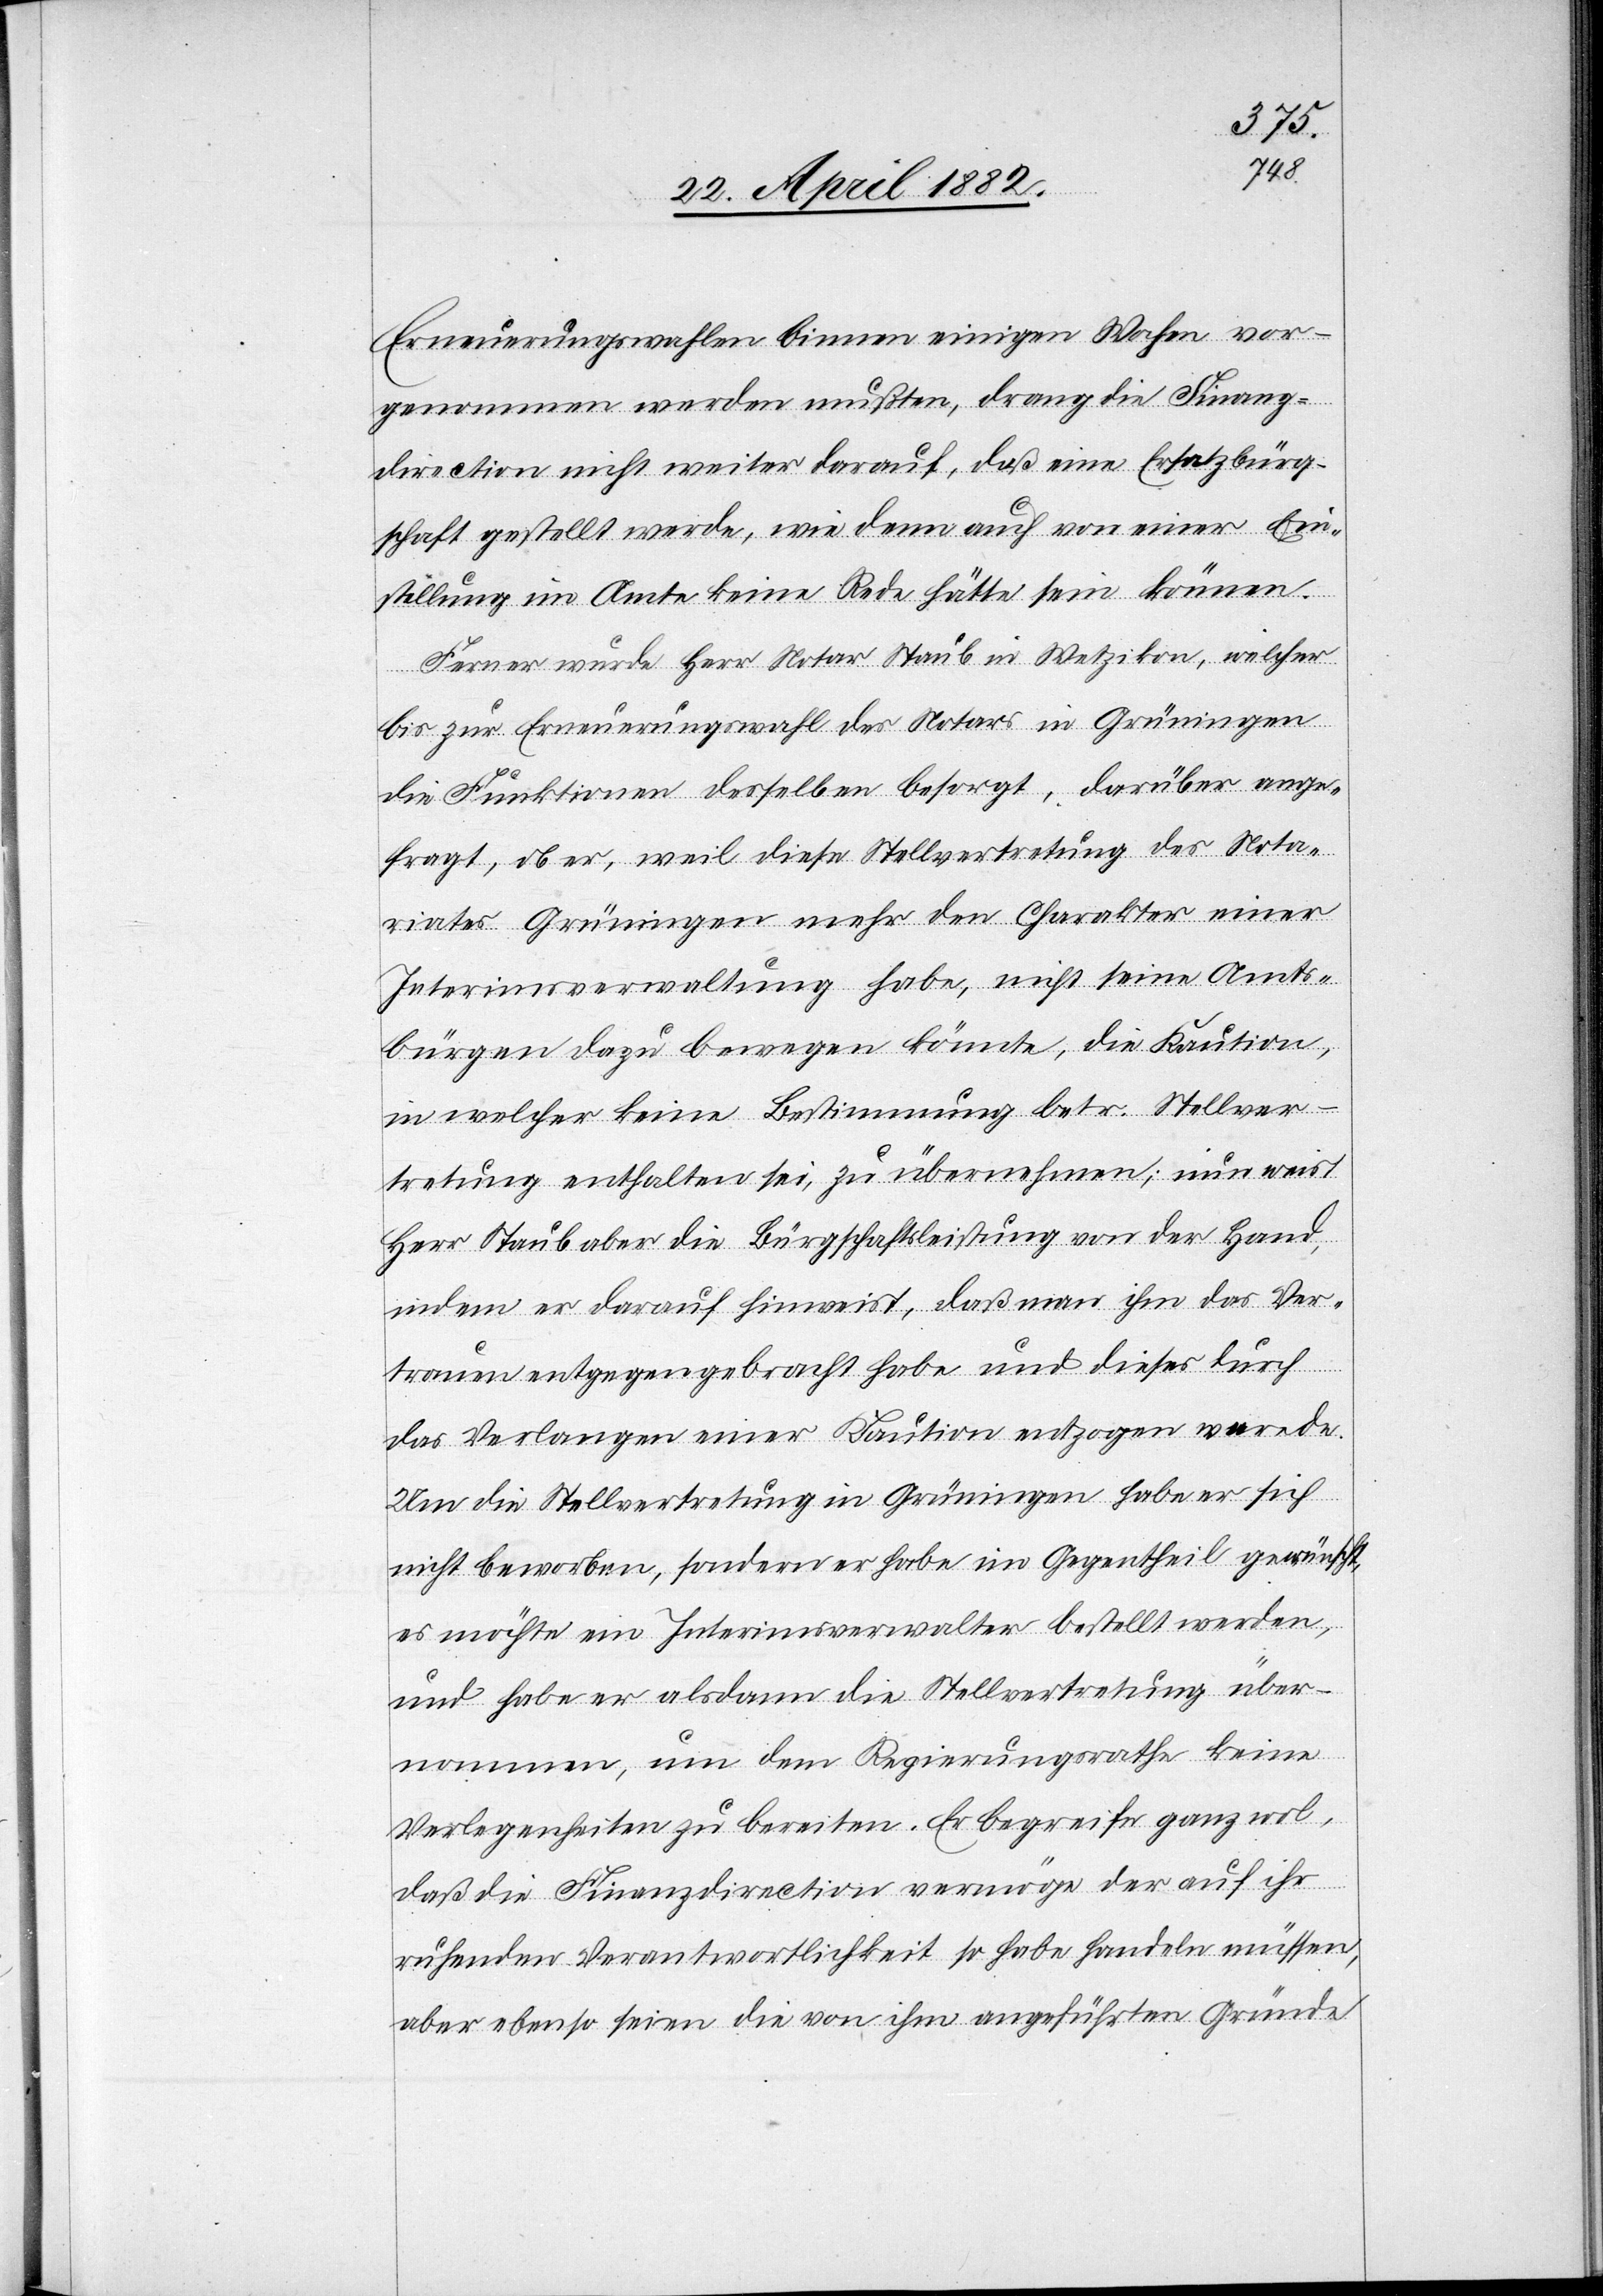
Erneuerungswahlen binnen einigen Wochen vor¬
genommen werden mußten, drang die Finanz¬
direction nicht weiter darauf, daß eine Ersatzbürg¬
schaft gestellt werde, wie denn auch von einer Ein¬
stellung im Amte keine Rede hätte sein können.
Ferner wurde Herr Notar Staub in Wetzikon, welcher
bis zur Erneuerungswahl des Notars in Grüningen
die Funktionen desselben besorgt, darüber ange¬
fragt, ob er, weil diese Stellvertretung des Nota¬
riates Grüningen mehr den Charakter einer
Interimsverwaltung habe, nicht seine Amts¬
bürgen dazu bewegen könnte, die Kaution,
in welcher keine Bestimmung keine Bestimmung betr. Stellver¬
treter enthalten sei [sic!], zu übernehmen: nun weist
Herr Staub aber die Bürgschaftsleistung von der Hand,
indem er darauf hinweist, daß man ihm das Ver¬
trauen entgegen gebracht habe und dieses durch
das Verlangen einer Kaution entzogen werde.
Um die Stellvertretung in Grüningen habe er sich
nicht beworben, sondern er habe im Gegentheil gewünscht,
es möchte ein Interimsverwalter bestellt werden,
und habe er alsdann die Stellvertretung über¬
nommen, um dem Regierungsrathe keine
Verlegenheiten zu bereiten. Er begreife ganz wol,
daß die Finanzdirection vermöge der auf ihr
ruhenden Verantwortlichkeit so habe handeln müssen,
aber ebenso seien die von ihm angeführten Gründe